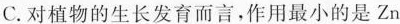
C.对植物的生长发育而言，作用最小的是Zn